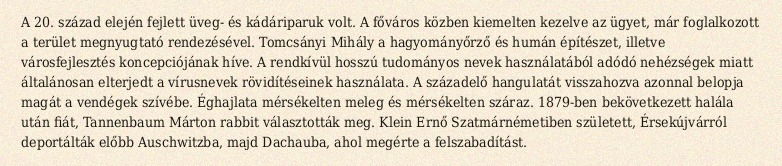
A 20. század elején fejlett üveg- és kádáriparuk volt. A főváros közben kiemelten kezelve az ügyet, már foglalkozott a terület megnyugtató rendezésével. Tomcsányi Mihály a hagyományőrző és humán építészet, illetve városfejlesztés koncepciójának híve. A rendkívül hosszú tudományos nevek használatából adódó nehézségek miatt általánosan elterjedt a vírusnevek rövidítéseinek használata. A századelő hangulatát visszahozva azonnal belopja magát a vendégek szívébe. Éghajlata mérsékelten meleg és mérsékelten száraz. 1879-ben bekövetkezett halála után fiát, Tannenbaum Márton rabbit választották meg. Klein Ernő Szatmárnémetiben született, Érsekújvárról deportálták előbb Auschwitzba, majd Dachauba, ahol megérte a felszabadítást.